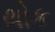
થોક